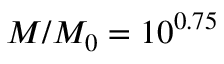
M / M _ { 0 } = 1 0 ^ { 0 . 7 5 }